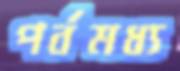
পর্বমধ্য